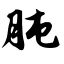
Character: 肫